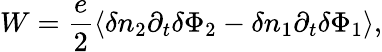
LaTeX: W=\frac{e}{2}\left\langle\delta n_{2}\partial_{t}\delta\Phi_{2}-\delta n_{1}\partial_{t}\delta\Phi_{1}\right\rangle,